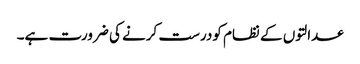
عدالتوں کے نظام کودرست کرنے کی ضرورت ہے۔